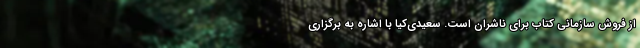
از فروش سازمانی کتاب برای ناشران است. سعیدی‌کیا با اشاره به برگزاری